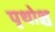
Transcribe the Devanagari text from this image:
पृथोश्च